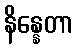
နိန္နေတာ